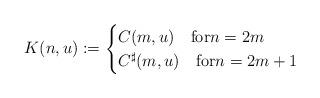
LaTeX: \begin{align*}K(n,u):=\begin{cases} C(m,u)\quad\mbox{for}n=2m \\C^{\sharp}(m,u)\quad\mbox{for}n=2m+1\end{cases}\end{align*}